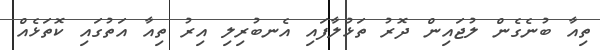
ތިއާ ބުނެގެން ލުޖައިން ދޮރު ތަޅުލާފައި އެނބުރިލި އިރު ތިއާ އަތުގައި ކޮތަޅެއް